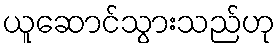
ယူဆောင်သွားသည်ဟု